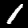
Label: 1